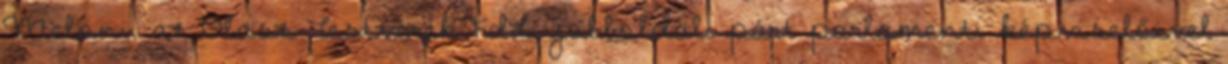
Meloni, az Olasz Testvérek FdL jobboldali párt parlamenti képviselőivel